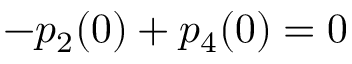
- p _ { 2 } ( 0 ) + p _ { 4 } ( 0 ) = 0